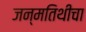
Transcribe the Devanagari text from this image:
जन्मतिथीचा